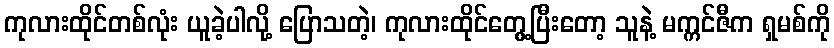
ကုလားထိုင်တစ်လုံး ယူခဲ့ပါလို့ ပြောသတဲ့၊ ကုလားထိုင်တွေ့ပြီးတော့ သူနဲ့ မက္ကင်ဇီက ရှမစ်ကို